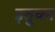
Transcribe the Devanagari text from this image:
इतुका